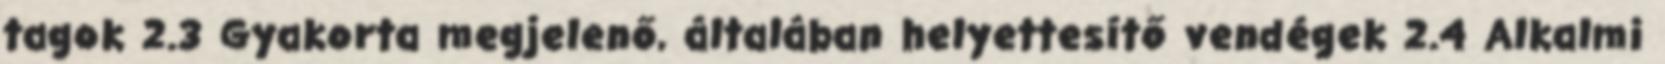
tagok 2.3 Gyakorta megjelenő, általában helyettesítő vendégek 2.4 Alkalmi